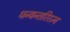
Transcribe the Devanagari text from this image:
धन्वन्तरिरत्न